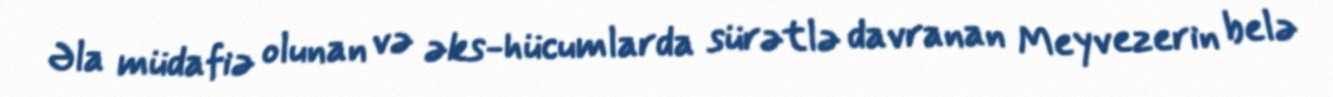
Əla müdafiə olunan və əks-hücumlarda sürətlə davranan Meyvezerin belə